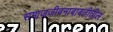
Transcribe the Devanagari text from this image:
समाजजीवनाबाबतीतील